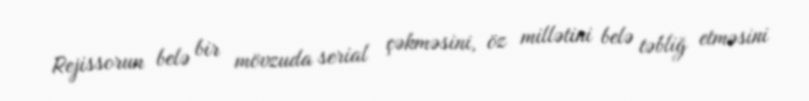
Rejissorun belə bir mövzuda serial çəkməsini, öz millətini belə təbliğ etməsini